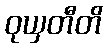
ဝုယှတီတိ